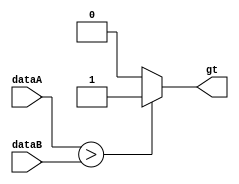
module Comparator(dataA, dataB, gt);
    input [127:0] dataA, dataB;
    output gt;

    assign gt = (dataA > dataB) ? 1 : 0;

endmodule